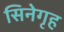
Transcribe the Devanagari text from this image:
सिनेगृह